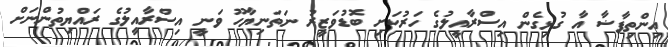
އިންތިފާޟާ އާ ގުޅިގެން އިސްރާއީލުގެ ހަރުކަށި ބޮޑުވަޒީރު ނަތަނިޔާހޫ ވަނީ އިސްރާއީލުގެ ރައްޔިތުންނަށް